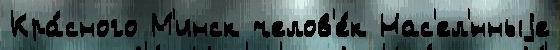
Кра́сного М'инск челов'е́к Нас'ел'́нныjе